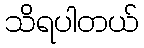
သိရပါတယ်